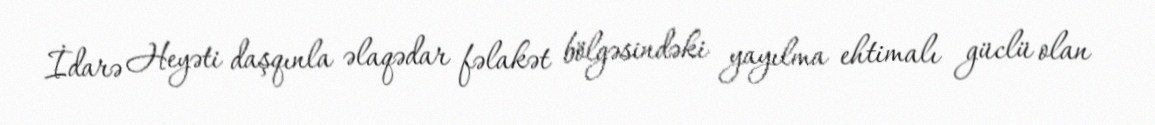
İdarə Heyəti daşqınla əlaqədar fəlakət bölgəsindəki yayılma ehtimalı güclü olan